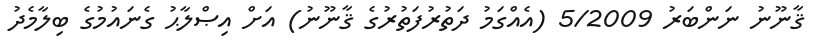
ޤާނޫނު ނަންބަރު 5/2009 (އެއްގަމު ދަތުރުފަތުރުގެ ޤާނޫނު) އަށް އިޞްލާޙު ގެނައުމުގެ ބިލާމެދު